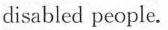
disabled people.